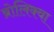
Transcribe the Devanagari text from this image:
ब्रोलिक्वा